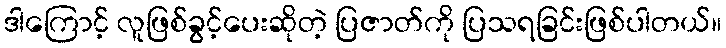
ဒါကြောင့် လူဖြစ်ခွင့်ပေးဆိုတဲ့ ပြဇာတ်ကို ပြသရခြင်းဖြစ်ပါတယ်။